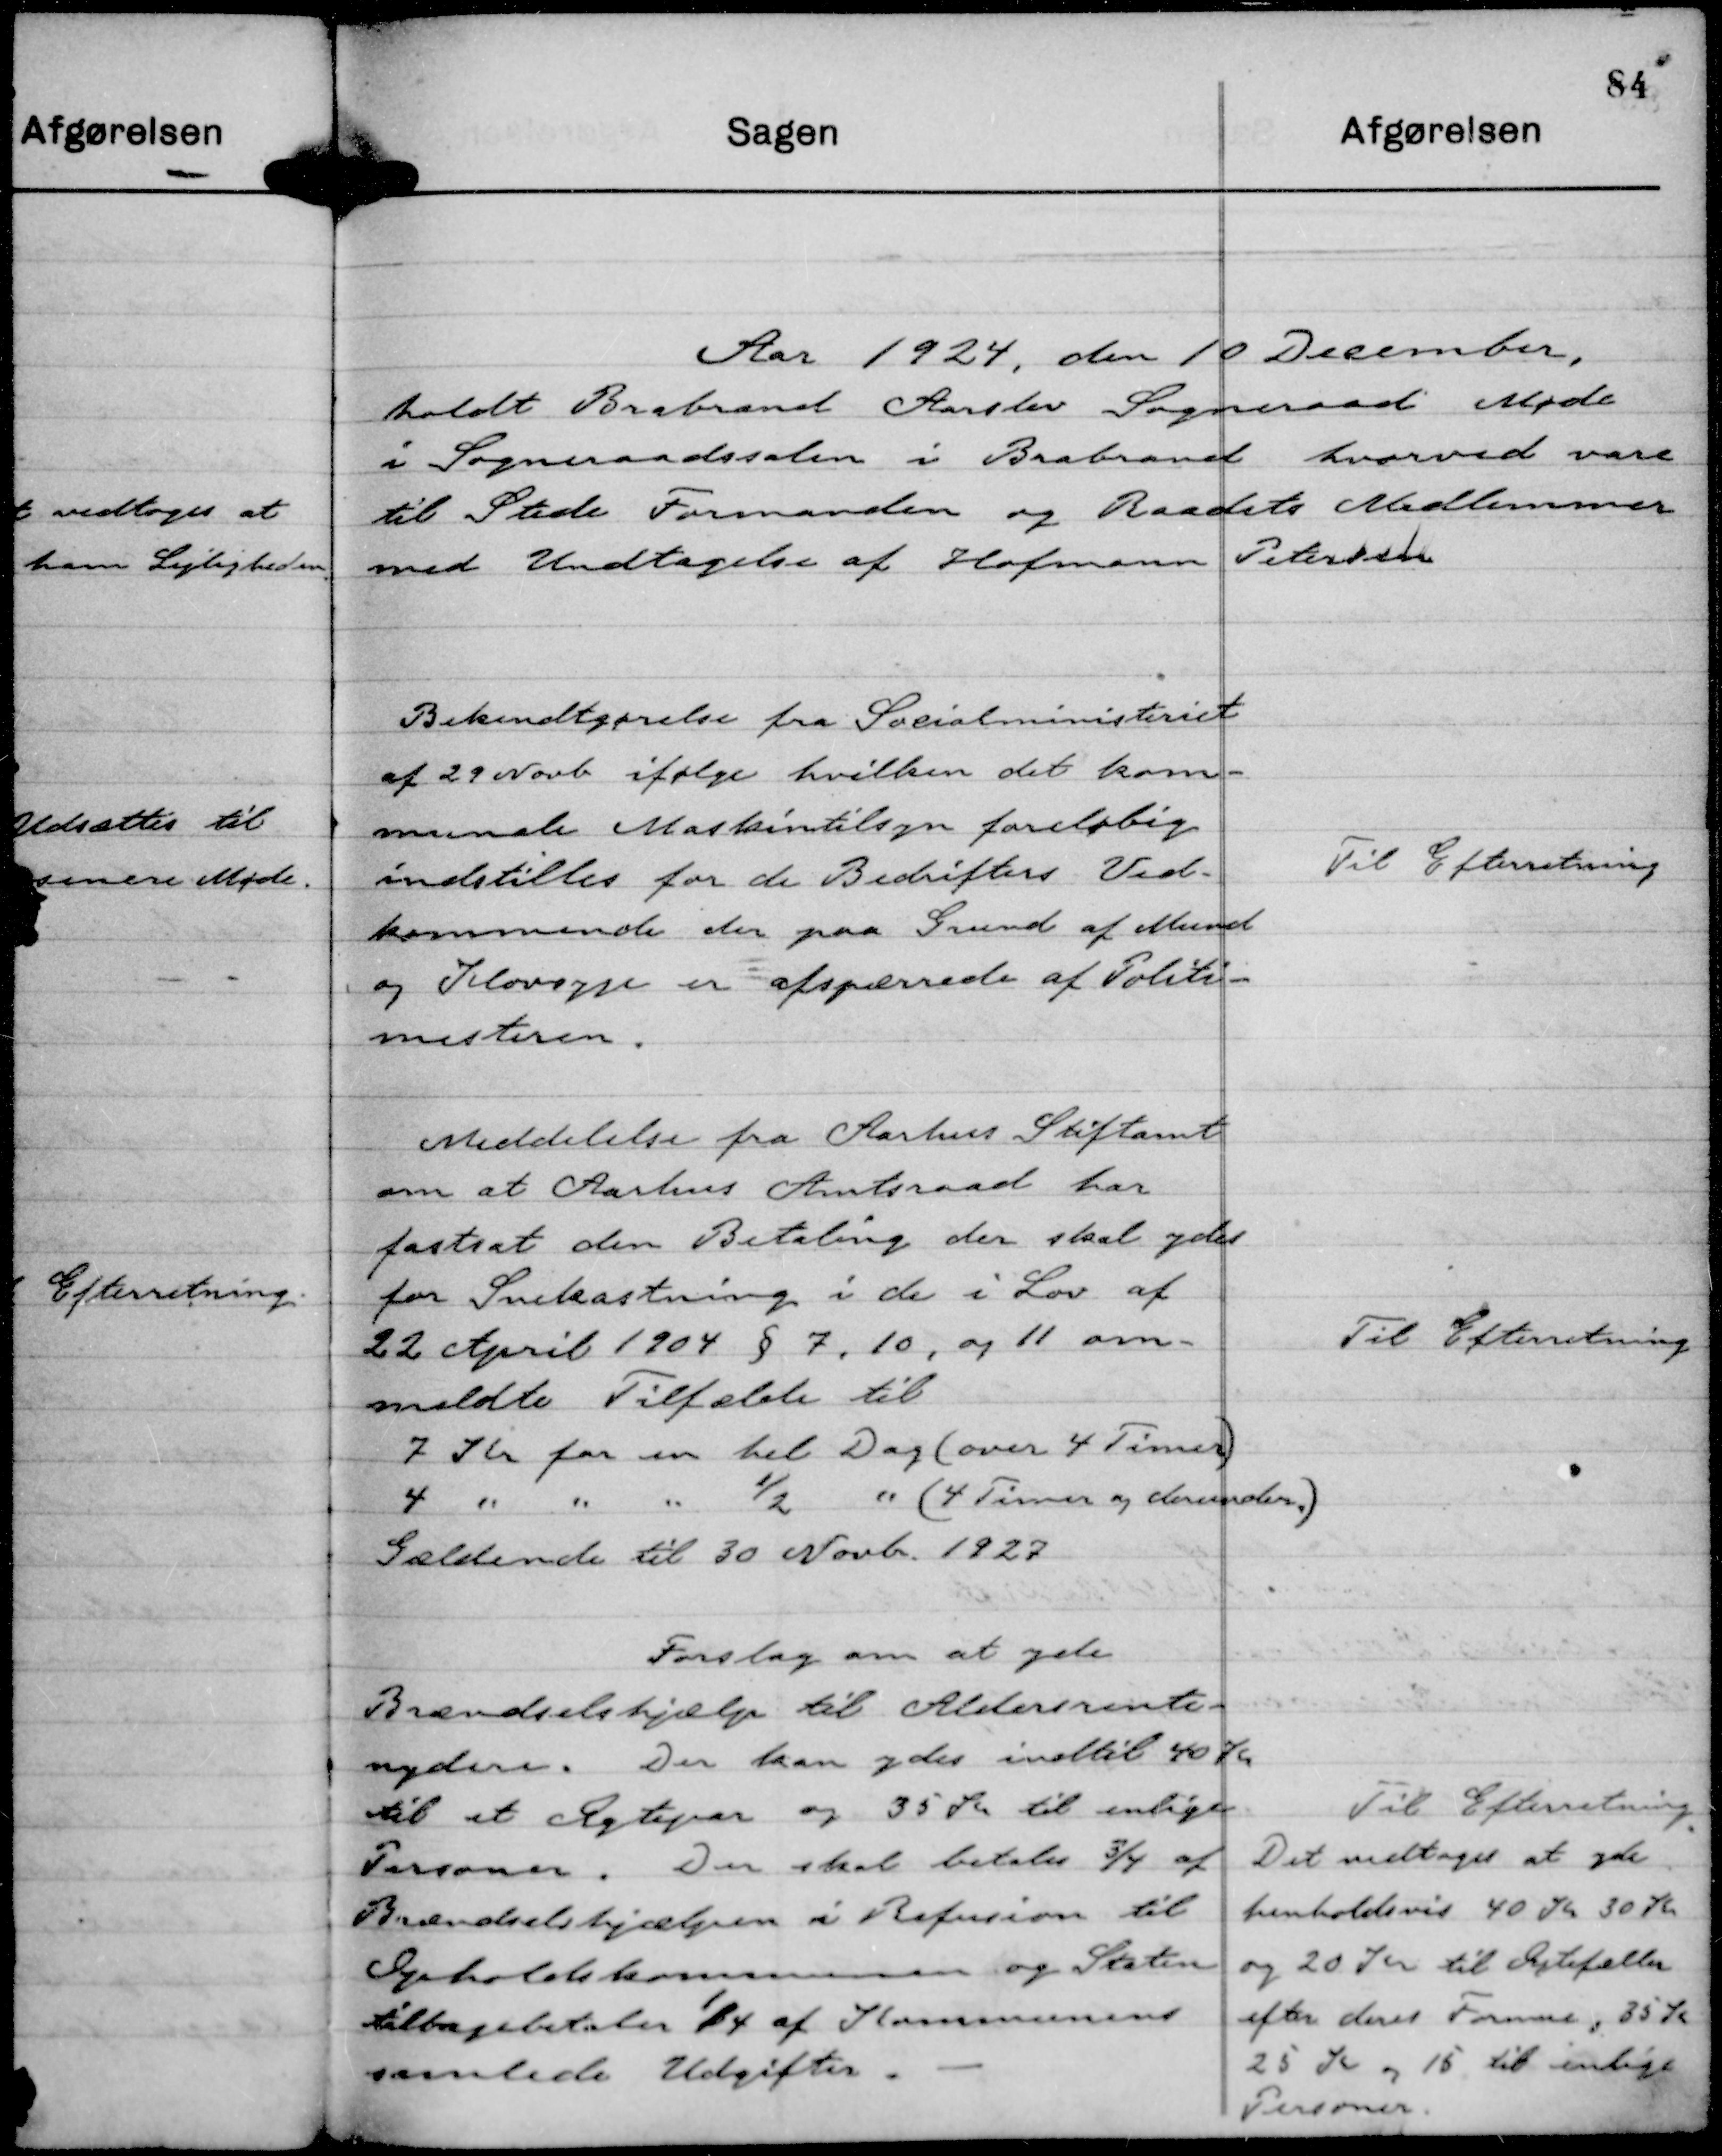
Transskription:
Aar 1924, den 10 December,
holdt Brabrand Aarslev Sogneraad Møde
i Sogneraadssalen i Brabrand hvorved vare
til Stede Formanden og Raadets Medlemmer
med Undtagelse af Hofmann Petersen

Bekendtgørelse fra Socialministeriet
af 29 Novb ifølge hvilken det kom-
munale Maskintilsyn foreløbig
indstilles for de Bedrifters Ved-
kommende der paa Grund af Mund
og Klovsyge er afspærede af Politi-
mesteren.

Til Efterretning

Meddelelse fra Aarhus Stiftamt
om at Aarhus Amtsraad har
fastsat den Betaling der skal ydes
for Snekastning i de Lov af
22 April 1904 § 7, 10, og 11 om-
meldte Tilfælde til
7 Kr for en hel Dag (over 4 Timer)
4 " " " ½ " (4 Timer og derunder.)
Gældende til 30 Novb. 1927

Til Efterretning

Forslag om at yde
Brændselshjælp til Aldersrente-
nydere. Der kan ydes indtil 40 Kr
til et Ægtepar og 35 Kr til enlige
Personer. Der skal betales ¾ af
Brændselshjælpen i Refusion til
Opholdskommunen og Staten
tilbagebetaler ¼ af Kommunens
samlede Udgifter.

Til Efterretning
Det vedtoges at yde
henholdsvis 40 Kr 30 Kr
og 20 Kr til Ægtefæller
efter deres Formue, 35 Kr
25 Kr og 15 til enlige
Personer.